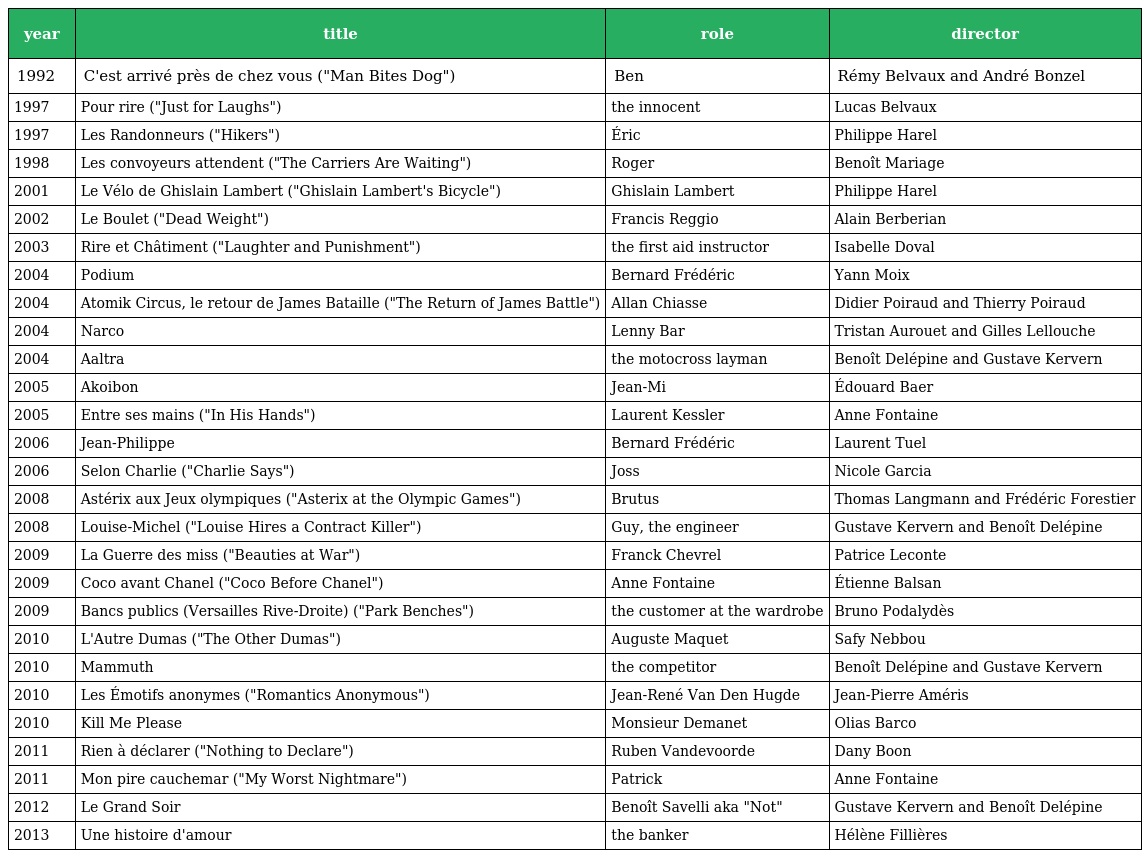
| year | title | role | director |
 | --- | --- | --- | --- |
 | 1992 | C'est arrivé près de chez vous ("Man Bites Dog") | Ben | Rémy Belvaux and André Bonzel |
 | 1997 | Pour rire ("Just for Laughs") | the innocent | Lucas Belvaux |
 | 1997 | Les Randonneurs ("Hikers") | Éric | Philippe Harel |
 | 1998 | Les convoyeurs attendent ("The Carriers Are Waiting") | Roger | Benoît Mariage |
 | 2001 | Le Vélo de Ghislain Lambert ("Ghislain Lambert's Bicycle") | Ghislain Lambert | Philippe Harel |
 | 2002 | Le Boulet ("Dead Weight") | Francis Reggio | Alain Berberian |
 | 2003 | Rire et Châtiment ("Laughter and Punishment") | the first aid instructor | Isabelle Doval |
 | 2004 | Podium | Bernard Frédéric | Yann Moix |
 | 2004 | Atomik Circus, le retour de James Bataille ("The Return of James Battle") | Allan Chiasse | Didier Poiraud and Thierry Poiraud |
 | 2004 | Narco | Lenny Bar | Tristan Aurouet and Gilles Lellouche |
 | 2004 | Aaltra | the motocross layman | Benoît Delépine and Gustave Kervern |
 | 2005 | Akoibon | Jean-Mi | Édouard Baer |
 | 2005 | Entre ses mains ("In His Hands") | Laurent Kessler | Anne Fontaine |
 | 2006 | Jean-Philippe | Bernard Frédéric | Laurent Tuel |
 | 2006 | Selon Charlie ("Charlie Says") | Joss | Nicole Garcia |
 | 2008 | Astérix aux Jeux olympiques ("Asterix at the Olympic Games") | Brutus | Thomas Langmann and Frédéric Forestier |
 | 2008 | Louise-Michel ("Louise Hires a Contract Killer") | Guy, the engineer | Gustave Kervern and Benoît Delépine |
 | 2009 | La Guerre des miss ("Beauties at War") | Franck Chevrel | Patrice Leconte |
 | 2009 | Coco avant Chanel ("Coco Before Chanel") | Anne Fontaine | Étienne Balsan |
 | 2009 | Bancs publics (Versailles Rive-Droite) ("Park Benches") | the customer at the wardrobe | Bruno Podalydès |
 | 2010 | L'Autre Dumas ("The Other Dumas") | Auguste Maquet | Safy Nebbou |
 | 2010 | Mammuth | the competitor | Benoît Delépine and Gustave Kervern |
 | 2010 | Les Émotifs anonymes ("Romantics Anonymous") | Jean-René Van Den Hugde | Jean-Pierre Améris |
 | 2010 | Kill Me Please | Monsieur Demanet | Olias Barco |
 | 2011 | Rien à déclarer ("Nothing to Declare") | Ruben Vandevoorde | Dany Boon |
 | 2011 | Mon pire cauchemar ("My Worst Nightmare") | Patrick | Anne Fontaine |
 | 2012 | Le Grand Soir | Benoît Savelli aka "Not" | Gustave Kervern and Benoît Delépine |
 | 2013 | Une histoire d'amour | the banker | Hélène Fillières |